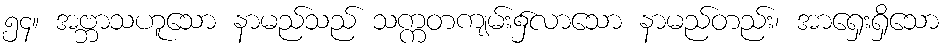
၅၄။ အဗ္ဘာသဟူသော နာမည်သည် သက္ကတကျမ်း၌လာသော နာမည်တည်း၊ အာရှေးရှိသော